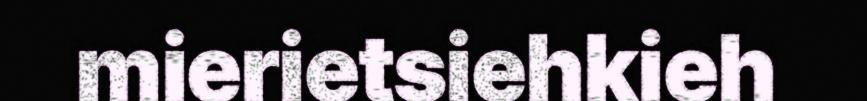
mierietsiehkieh